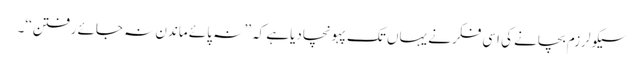
سیکولرزم بچانے کی اسی فکرنے یہاں تک پہونچادیاہے کہ ’’ نہ پائے ماندن نہ جائے رفتن‘‘۔